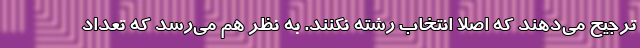
ترجیح می‌دهند که اصلا انتخاب رشته نکنند. به نظر هم می‌رسد که تعداد